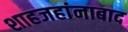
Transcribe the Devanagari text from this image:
शाहजहांनाबाद